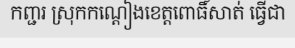
កញ្ជរ ស្រុកកណ្តៀងខេត្តពោធិ៍សាត់ ធ្វើជា